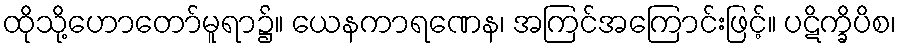
ထိုသို့ဟောတော်မူရာ၌။ ယေနကာရဏေန၊ အကြင်အကြောင်းဖြင့်။ ပဋိက္ခိပိစ၊